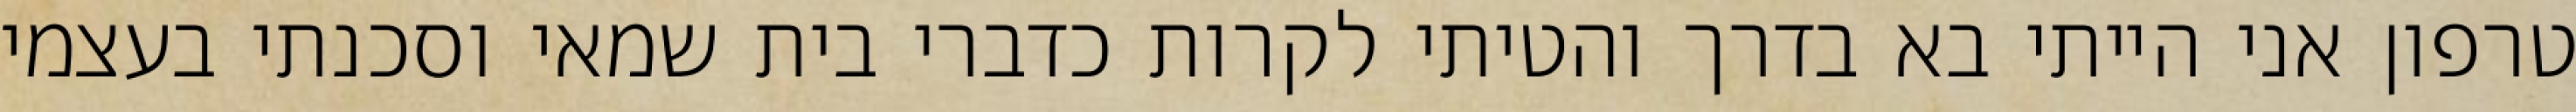
טרפון אני הייתי בא בדרך והטיתי לקרות כדברי בית שמאי וסכנתי בעצמי